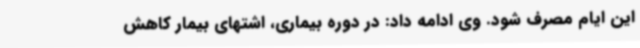
این ایام مصرف شود. وی ادامه داد: در دوره بیماری، اشتهای بیمار کاهش